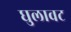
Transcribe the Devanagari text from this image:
घुलावट